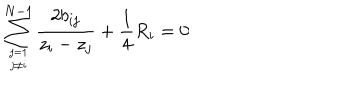
\sum _ { j = 1 \atop j \not = i } ^ { N - 1 } { \frac { 2 b _ { i j } } { z _ { i } - z _ { j } } } + { \frac { 1 } { 4 } } R _ { i } = 0